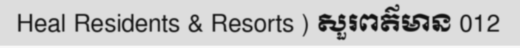
Heal Residents & Resorts ) សួរពត៌មាន 012